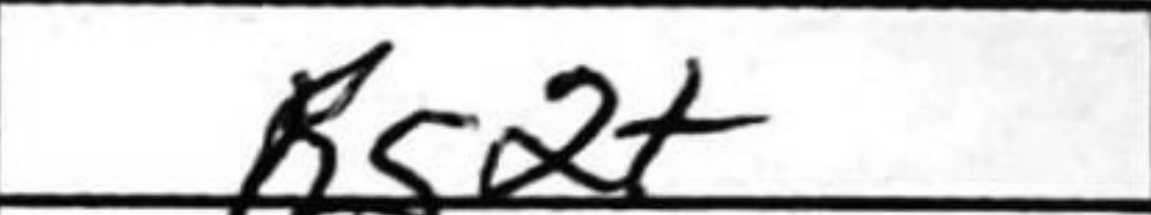
Transcription: Rg2+